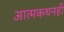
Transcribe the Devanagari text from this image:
आत्मकथनही